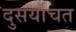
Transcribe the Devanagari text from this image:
दुसर्याचत